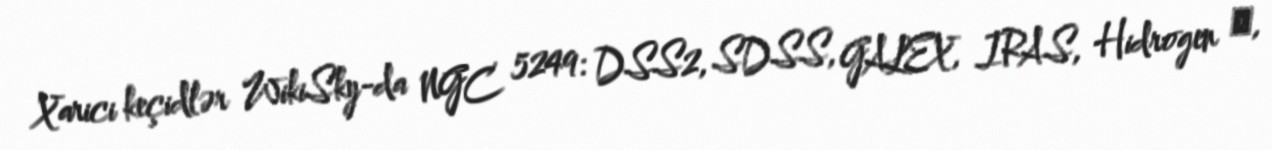
Xarici keçidlər WikiSky-da NGC 5249: DSS2, SDSS, GALEX, IRAS, Hidrogen α,